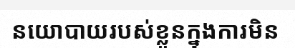
នយោបាយរបស់ខ្លួនក្នុងការមិន